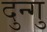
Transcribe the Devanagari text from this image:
दुन्गु